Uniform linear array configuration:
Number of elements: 64
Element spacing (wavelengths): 0.5
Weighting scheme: kaiser
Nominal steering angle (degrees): -45
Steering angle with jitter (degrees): -44.859
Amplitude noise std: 0.05
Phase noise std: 0.05

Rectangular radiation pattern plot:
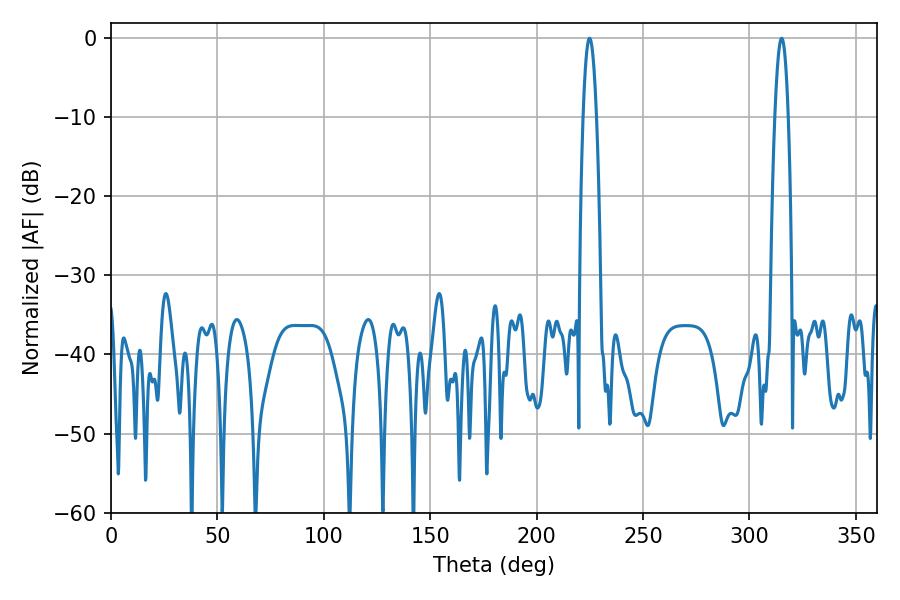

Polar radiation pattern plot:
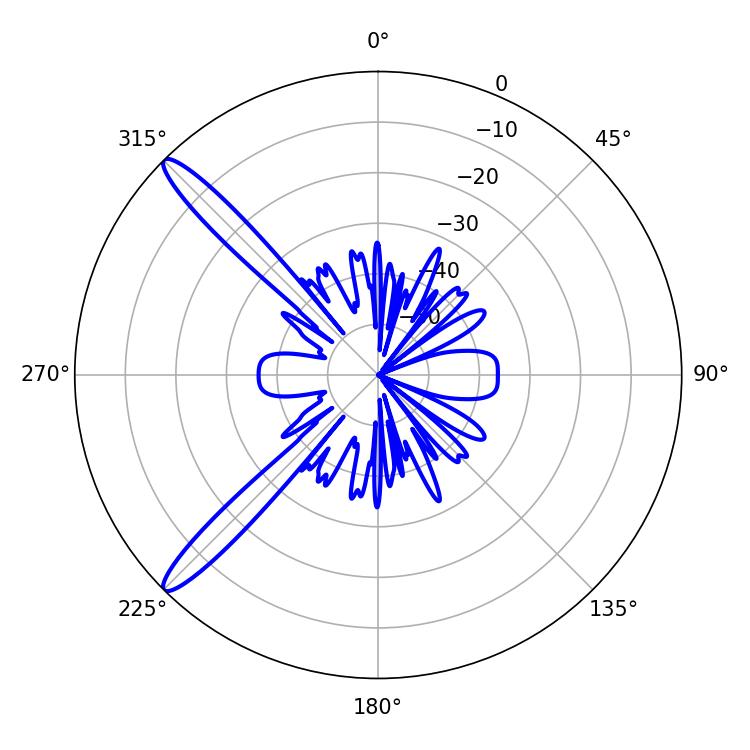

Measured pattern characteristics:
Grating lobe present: FALSE
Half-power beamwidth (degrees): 3.42
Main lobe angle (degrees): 224.82